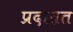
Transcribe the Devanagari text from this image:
प्रदात्त